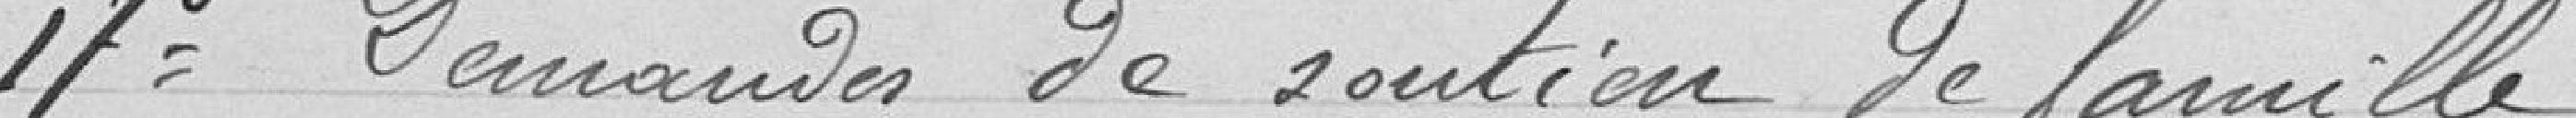
17° Demandes de soutien de famille.